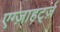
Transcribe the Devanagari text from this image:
एग्ज़ाहर्ट्ज़